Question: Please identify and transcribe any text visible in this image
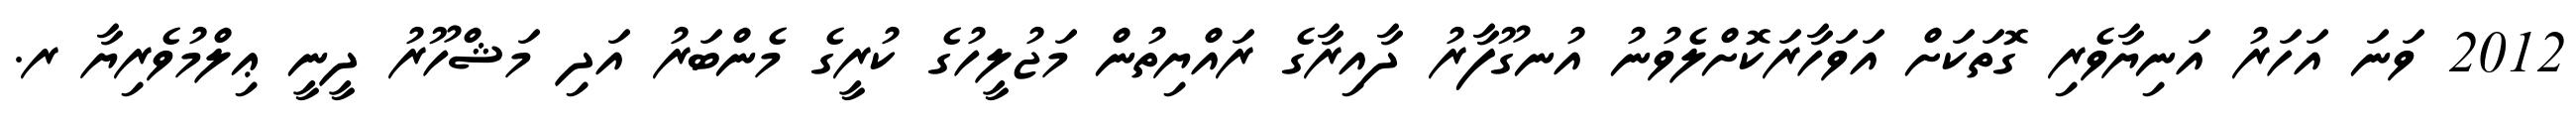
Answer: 2012 ވަނަ އަހަރު އަނިޔާވެރި ގޮތަކަށް އަވަހާރަކޮށްލެވުނު އުނގޫފާރު ދާއިރާގެ ރައްޔިތުން މަޖުލީހުގެ ކުރީގެ މެންބަރު އަދި މަޝްހޫރު ދީނީ ޢިލްމުވެރިޔާ ރ.